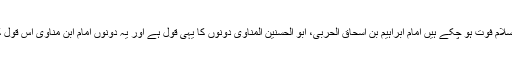
امام علی بن موسی الرضا کہتے ہیں: ’’ خضر علیہ السلام فوت ہو چکے ہیں امام ابراہیم بن اسحاق الحربی، ابو الحسنین المناوی دونوں کا یہی قول ہے اور یہ دونوں امام ابن مناوی اس قول کو برا سمجھتے تھے کہ خضر علیہ السلام زندہ ہیں۔